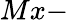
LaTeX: Mx-